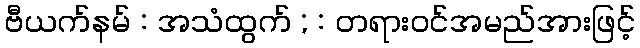
ဗီယက်နမ် : အသံထွက် ; : တရားဝင်အမည်အားဖြင့်